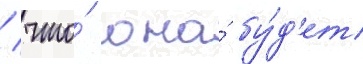
/ что́ она́ бу́д'ет